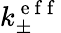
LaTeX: k_{\pm}^{\mathrm{~e~f~f~}}